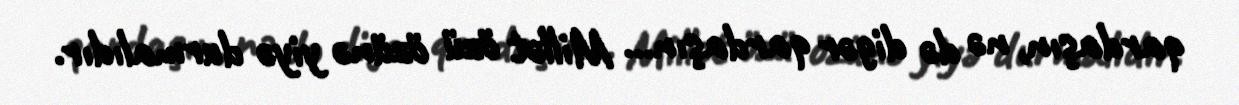
qardaşın, nə də digər qardaşın... Millət özü özünə yiyə durmalıdır.